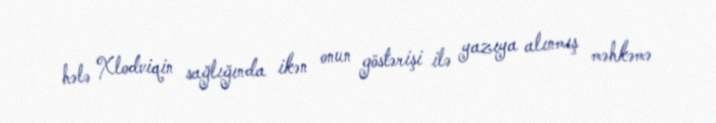
hələ Xlodviqin sağlığında ikən onun göstərişi ilə yazıya alınmış məhkəmə